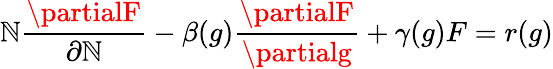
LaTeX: \mathbb{N}{\frac{{\partialF}}{{\partial\mathbb{N}}}}-\beta(g){\frac{{\partialF}}{{\partialg}}}+\gamma(g)F=r(g)